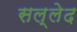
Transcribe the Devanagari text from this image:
सल्लेद